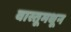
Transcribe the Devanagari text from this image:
वास्तूमधून